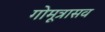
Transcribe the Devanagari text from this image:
गोमूत्रासव